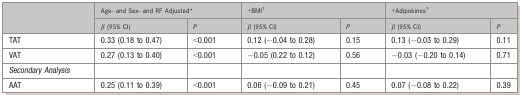
|  | <COLSPAN=2> Age- and Sex- and RF Adjusted* | <COLSPAN=2> +BMI† | <COLSPAN=2> +Adipokines† |
 |  | β (95% CI) | P | β (95% CI) | P | β (95% CI) | P |
 | --- | --- | --- | --- | --- | --- | --- |
 | TAT | 0.33 (0.18 to 0.47) | <0.001 | 0.12 (−0.04 to 0.28) | 0.15 | 0.13 (−0.03 to 0.29) | 0.11 |
 | VAT | 0.27 (0.13 to 0.40) | <0.001 | −0.05 (0.22 to 0.12) | 0.56 | −0.03 (−0.20 to 0.14) | 0.71 |
 | Secondary Analysis |  |  |  |  |  |  |
 | AAT | 0.25 (0.11 to 0.39) | <0.001 | 0.06 (−0.09 to 0.21) | 0.45 | 0.07 (−0.08 to 0.22) | 0.39 |